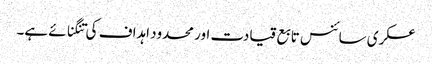
عسکری سائنس تابع قیادت اور محدود اہداف کی تنگنائے ہے۔